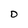
Character: D